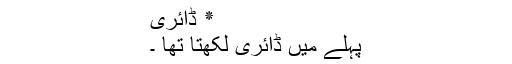
٭ ڈائری
پہلے میں ڈائری لکھتا تھا ۔